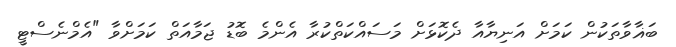
ބަޣާވާތަކުން ކަމަށް އަނިޔާއާ ދެކޮޅަށް މަސައްކަތްކުރާ އެންމެ ބޮޑު ޖަމާއަތް ކަމަށްވާ "އެމްނެސްޓީ